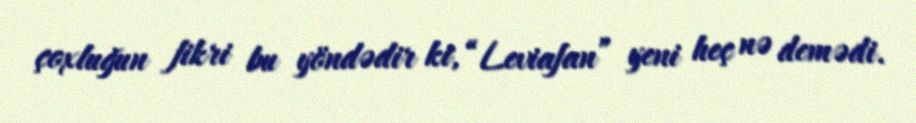
çoxluğun fikri bu yöndədir ki, “Leviafan” yeni heç nə demədi.